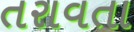
તરાવતા